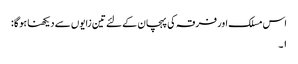
اس مسلک اور فرقہ کی پہچان کے لئے تین زایوں سے دیکھنا ہوگا :
۱۔